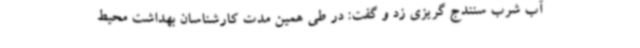
آب شرب سنندج گریزی زد و گفت: در طی همین مدت کارشناسان بهداشت محیط